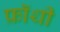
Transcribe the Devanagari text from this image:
फ्रॉथी